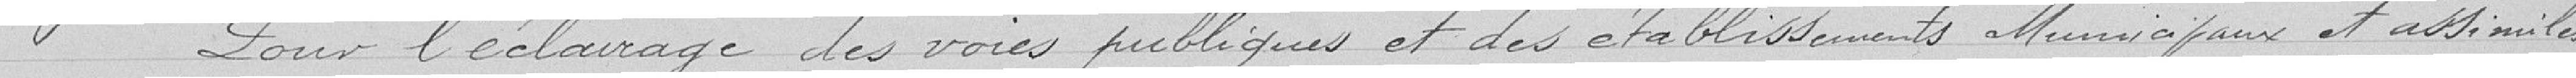
Pour l'éclairage des voies publiques et des établissements municipaux et assimilés